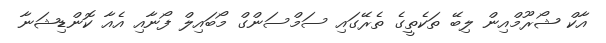
އާކް ޝޯރޫމްއިން ލިބޭ ތަކެތީގެ ތެރޭގައި ސަމްސަންގް މޯބައިލް ފޯނާއި އެއާ ކޮންޑިޝަނާ